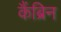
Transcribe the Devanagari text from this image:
कैंब्रिन